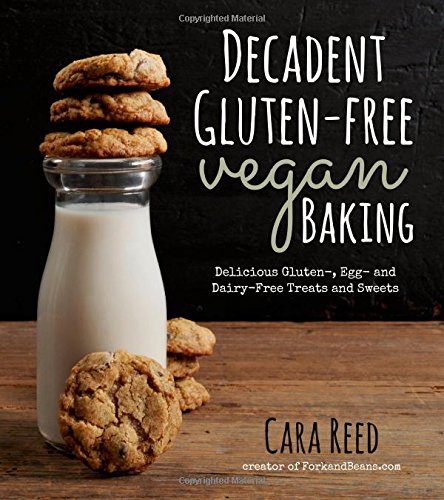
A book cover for Decadent Gluten-Free Vegan Baking: Delicious, Gluten-, Egg- and Dairy-Free Treats and Sweets; Cara Reed; Cookbooks, Food & Wine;